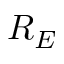
R _ { E }